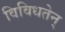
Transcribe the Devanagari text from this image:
विविधतेन्